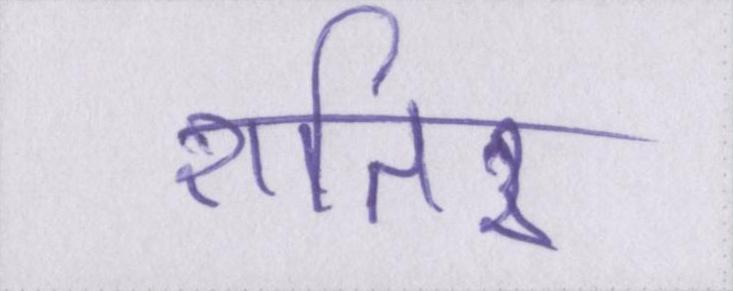
शातिर